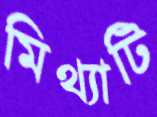
মিথ্যাটি